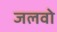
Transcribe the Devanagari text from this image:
जलवो